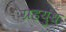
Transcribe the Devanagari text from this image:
ग्रहयुध